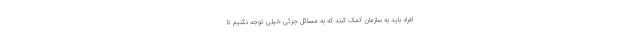
افراد باید به سازمان کمک کنند که به مسائل جزئی خیلی توجه نکنیم تا